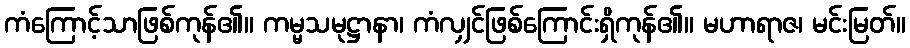
ကံကြောင့်သာဖြစ်ကုန်၏။ ကမ္မသမုဋ္ဌာနာ၊ ကံလျှင်ဖြစ်ကြောင်းရှိကုန်၏။ မဟာရာဇ၊ မင်းမြတ်။